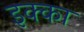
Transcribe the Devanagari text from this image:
इक्‍का